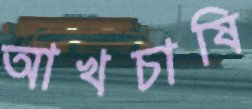
আখচাষি